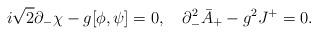
LaTeX: \begin{align*}i\sqrt{2} \partial_{-}\chi- g[\phi,\psi] = 0,\quad\partial_{-}^{2} \bar{A}_{+} - g^2 J^{+} = 0.\end{align*}